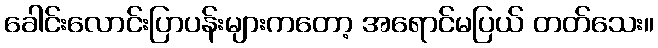
ခေါင်းလောင်းပြာပန်းများကတော့ အရောင်မပြယ် တတ်သေး။